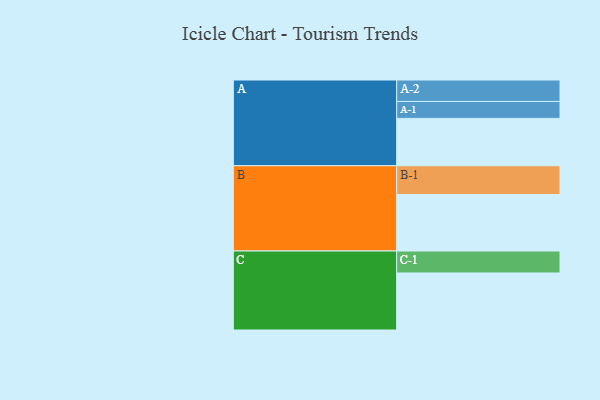
{"axis": {"x": "Segment", "y": "Value"}, "legend": ["", "A", "B", "C"], "data": [{"x": "A", "y": 371, "type": ""}, {"x": "B", "y": 443, "type": ""}, {"x": "C", "y": 447, "type": ""}, {"x": "A-1", "y": 133, "type": "A"}, {"x": "A-2", "y": 168, "type": "A"}, {"x": "B-1", "y": 225, "type": "B"}, {"x": "C-1", "y": 172, "type": "C"}]}